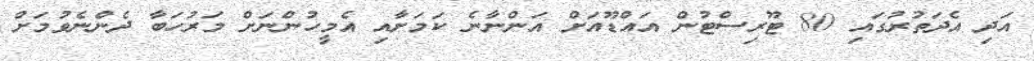
އަދި އެދަތުރުގައި 80 ޓޫރިސްޓުން އައްޑޫއަށް އަންނާނެ ކަމަށާއި އެމީހުންނަށް މަރުހަބާ ދެންނެވުމަށް